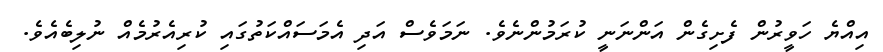
އިއްޔެ ހަވީރުން ފެށިގެން އަންނަނީ ކުރަމުންނެވެ. ނަމަވެސް އަދި އެމަސައްކަތުގައި ކުރިއެރުމެއް ނުލިބެއެވެ.